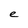
Character: e